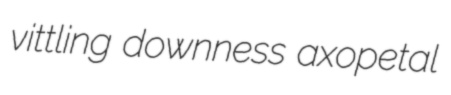
vittling downness axopetal